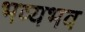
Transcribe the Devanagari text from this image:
भव्यभव